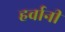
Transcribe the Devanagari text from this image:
हर्वानी